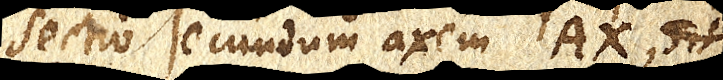
sectio secundum axem AX, sit